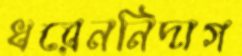
ধরেননিদাগ